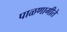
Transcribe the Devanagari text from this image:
पाळणागीते